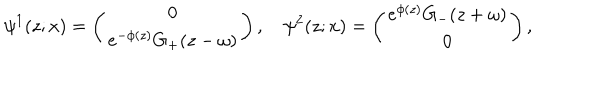
LaTeX: \psi ^ { 1 } ( z ; x ) = \left( \begin{array} { c r } { { 0 } } \\ { { e ^ { - \phi ( z ) } G _ { + } ( z - \omega ) } } \\ \end{array} \right) , ~ \psi ^ { 2 } ( z ; x ) = \left( \begin{array} { c r } { { e ^ { \phi ( z ) } G _ { - } ( z + \omega ) } } \\ { { 0 } } \\ \end{array} \right) ,